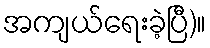
အကျယ်ရေးခဲ့ပြီ)။